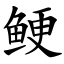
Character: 鲠